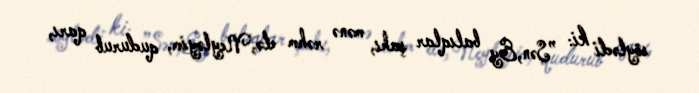
söylədi ki: ”Sən,Ey balıqlar şahı, mənə rəhm elə,Neyləyim, qudurub qarı,